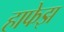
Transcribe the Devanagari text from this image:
हाफेझ